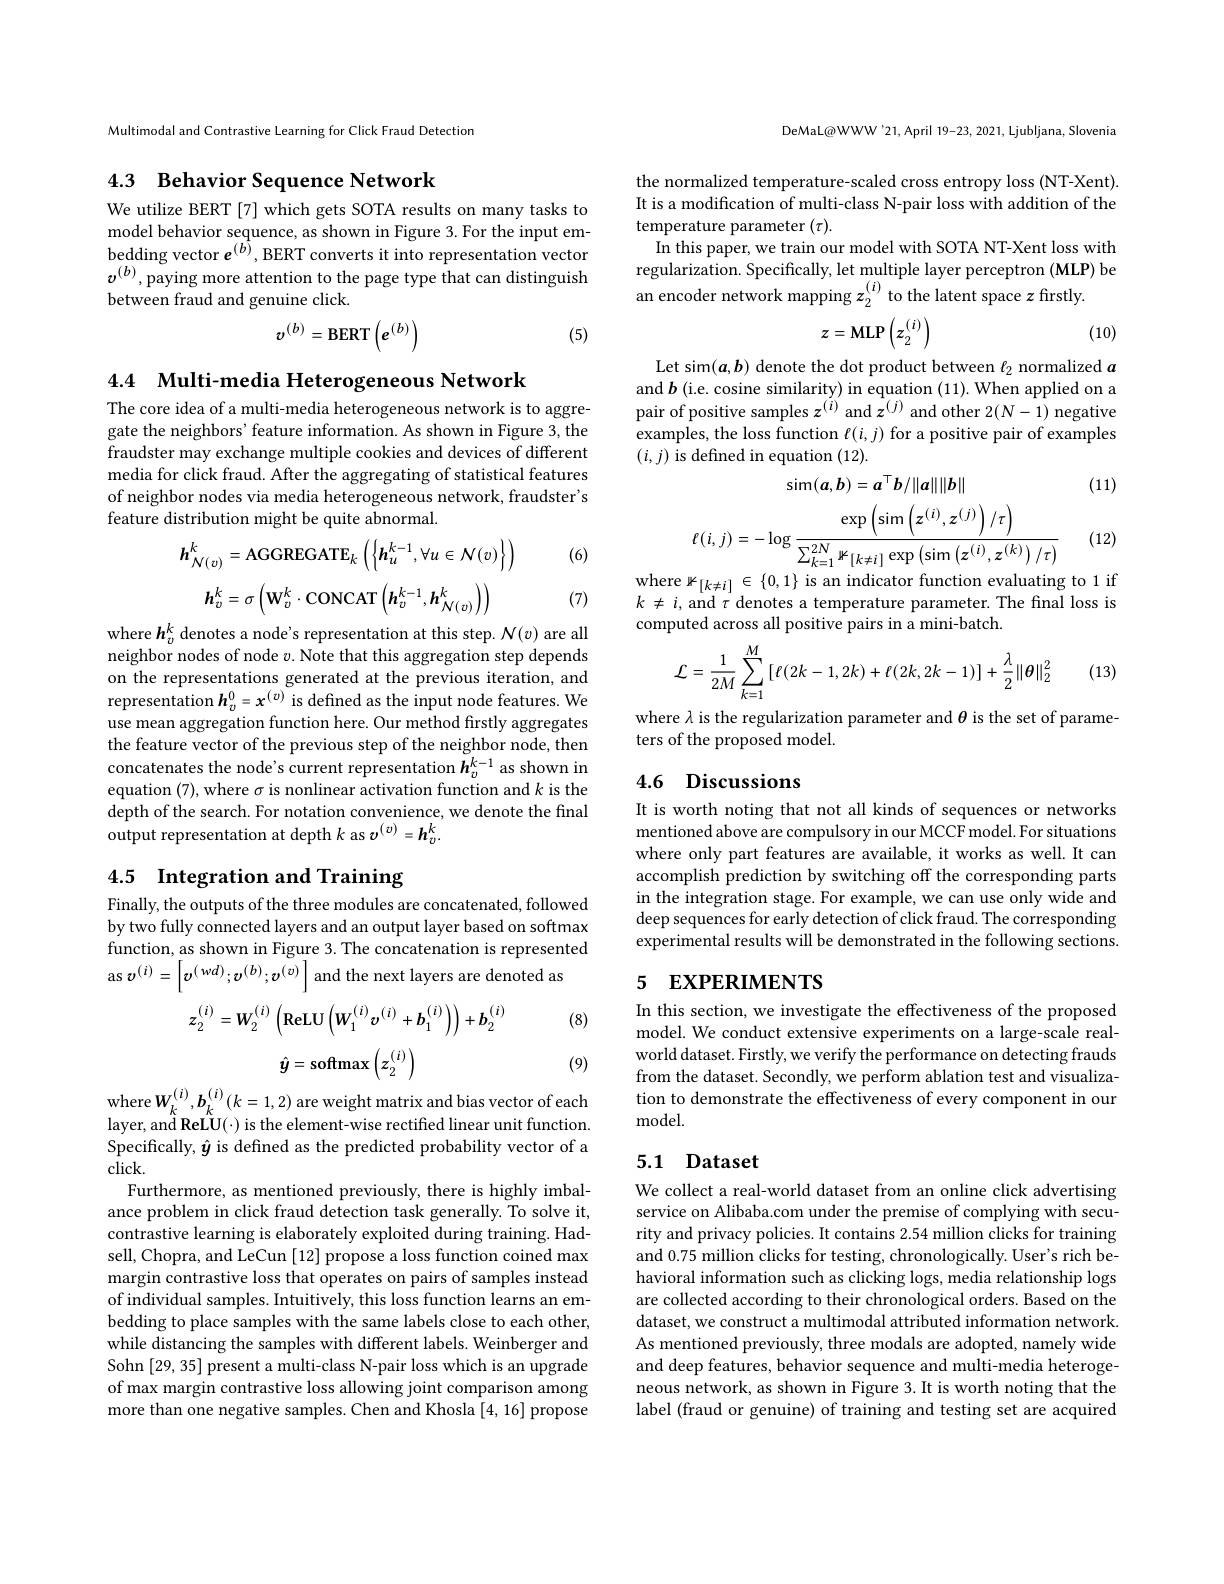
Multimodal and Contrastive Learning for Click Fraud Detection

## 4.3 Behavior Sequence Network

We utilize BERT [7] which gets SOTA results on many tasks to model behavior sequence, as shown in Figure 3. For the input embedding vector $e^{(b)}$,BERT converts it into representation vector $v^{(b)}$,paying more attention to the page type that can distinguish between fraud and genuine click.

(5)
$$v^{(b)}=\mathrm{BERT}\left(e^{(b)}\right)$$
4.4 Multi-media Heterogeneous Network

The core idea of a multi-media heterogeneous network is to aggregate the neighbors' feature information. As shown in Figure 3, the fraudster may exchange multiple cookies and devices of different media for click fraud. After the aggregating of statistical features of neighbor nodes via media heterogeneous network, fraudster's feature distribution might be quite abnormal.

(6)
$$h_{\mathcal N(v)}^{k}=\mathrm{AGGREGATE}_{k}\left(\left\{\boldsymbol{h}_{u}^{k-1},\forall u\in\mathcal{N}(v)\right\}\right)$$
$$\boldsymbol{h}_v^k=\sigma\left(\mathbf{W}_v^k\cdot\mathbf{CONCAT}\left(\boldsymbol{h}_v^{k-1},\boldsymbol{h}_{\mathcal{N}(v)}^k\right)\right)$$
(7)

where $h_v^k$ denotes a node's representation at this step. $\mathcal{N}(v)$ are all neighbor nodes of node $v.$ Note that this aggregation step depends on the representations generated at the previous iteration, and representation $h_v^0=x^{(v)}$ is defined as the input node features. We use mean aggregation function here. Our method firstly aggregates the feature vector of the previous step of the neighbor node, then concatenates the node's current representation $\tilde{\boldsymbol{h}}_v^{k-1}$ as shown in equation (7), where $\sigma$ is nonlinear activation function and $k$ is the depth of the search. For notation convenience, we denote the final output representation at depth $k$ as $v^{(v)}=\boldsymbol{h}_v^k.$

## 4.5 Integration and Training

Finally, the outputs of the three modules are concatenated, followed by two fully connected layers and an output layer based on softmax function, as shown in Figure 3. The concatenation is represented as $v^{(i)}=\left[\boldsymbol{v}^{(wd)};\boldsymbol{v}^{(b)};\boldsymbol{v}^{(v)}\right]$ and the next layers are denoted as

(8)
$$z_2^{(i)}=W_2^{(i)}\left(\mathbf{ReLU}\left(\mathbf{W}_1^{(i)}\boldsymbol{v}^{(i)}+\boldsymbol{b}_1^{(i)}\right)\right)+\boldsymbol{b}_2^{(i)}$$
$$\hat{y}=\mathrm{softmax}\left(z_{2}^{(i)}\right)$$
(9)

where$W_k^{(i)},\boldsymbol{b}_k^{(i)}(k=1,2)$ are weight matrix and bias vector of each layer, and Re$\hat{\mathbf{LU}}(\cdot)$ is the element-wise rectifed linear unit function. Specifically, $\hat{\boldsymbol{y}}$ is defined as the predicted probability vector of a $click.$
Furthermore, as mentioned previously, there is highly imbalance problem in click fraud detection task generally. To solve it, contrastive learning is elaborately exploited during training. Hadsell, Chopra, and LeCun [12] propose a loss function coined max margin contrastive loss that operates on pairs of samples instead of individual samples. Intuitively, this loss function learns an embedding to place samples with the same labels close to each other, while distancing the samples with different labels. Weinberger and Sohn [29,35] present a multi-class N-pair loss which is an upgrade of max margin contrastive loss allowing joint comparison among more than one negative samples. Chen and Khosla [4,16] propose

DeMaL@WWW'21,April 19-23, 2021, Ljubljana, Slovenia

the normalized temperature-scaled cross entropy loss (NT-Xent). It is a modification of multi-class N-pair loss with addition of the temperature parameter $(\tau).$
In this paper, we train our model with SOTA NT-Xent loss with regularization. Specifically, let multiple layer perceptron (MLP) be an encoder network mapping $z_2^{(i)}$ to the latent space $z$ firstly.

(10)
$$z=\mathrm{MLP}\left(z_{2}^{(i)}\right)$$
Let sim$(\boldsymbol a,\boldsymbol b)$ denote the dot product between $\ell_2$ normalized $\boldsymbol a$ and $b$ (i.e. cosine similarity) in equation (11). When applied on a pair of positive samples $z^{(i)}$ and $z^{(j)}$ and other $2(N-1)$ negative examples, the loss function $\ell(i,j)$ for a positive pair of examples $(i,j)$ is defined in equation (12).

(11)
$$\sin(a,b)=a^\top b/\|a\|\|b\|$$
$$\ell(i,j)=-\log\frac{\exp\left(\sin\left(z^{(i)},z^{(j)}\right)/\tau\right)}{\sum_{k=1}^{2N}\mathbb{1}_{[k\neq i]}\exp\left(\sin\left(z^{(i)},z^{(k)}\right)/\tau\right)}$$
where$\kappa_[k\neq i]\in\{0,1\}$ is an indicator function evaluating to 1 if

(12)

$k\not=i$, and $\tau$ denotes a temperature parameter. The final loss is
computed across all positive pairs in a mini-batch.

(13)
$$\mathcal{L}=\frac{1}{2M}\sum_{k=1}^{M}\left[\ell(2k-1,2k)+\ell(2k,2k-1)\right]+\frac{\lambda}{2}\|\boldsymbol{\theta}\|_{2}^{2}$$
where $\lambda$ is the regularization parameter and $\theta$ is the set of parame-
ters of the proposed model.

## 4.6 Discussions

It is worth noting that not all kinds of sequences or networks mentioned above are compulsory in our MCCF model. For situations where only part features are available, it works as well. It can accomplish prediction by switching off the corresponding parts in the integration stage. For example, we can use only wide and deep sequences for early detection of click fraud. The corresponding experimental results will be demonstrated in the following sections.

# 5 EXPERIMENTS

In this section, we investigate the effectiveness of the proposed model. We conduct extensive experiments on a large-scale realworld dataset. Firstly, we verify the performance on detecting frauds from the dataset. Secondly, we perform ablation test and visualization to demonstrate the effectiveness of every component in our ${\mathrm{model}}.$

## 5.1 Dataset

We collect a real-world dataset from an online click advertising service on Alibaba.com under the premise of complying with security and privacy policies. It contains 2.54 million clicks for training and 0.75 million clicks for testing, chronologically. User's rich behavioral information such as clicking logs, media relationship logs are collected according to their chronological orders. Based on the dataset, we construct a multimodal attributed information network. As mentioned previously, three modals are adopted, namely wide and deep features, behavior sequence and multi-media heterogeneous network, as shown in Figure 3.It is worth noting that the label (fraud or genuine) of training and testing set are acquired